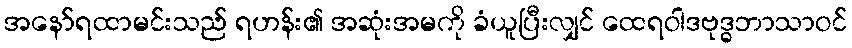
အနော်ရထာမင်းသည် ရဟန်း၏ အဆုံးအမကို ခံယူပြီးလျှင် ထေရဝါဒဗုဒ္ဓဘာသာဝင်